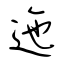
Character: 迤